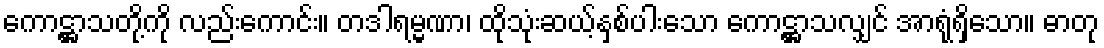
ကောဋ္ဌာသတို့ကို လည်းကောင်း။ တဒါရမ္မဏာ၊ ထိုသုံးဆယ့်နှစ်ပါးသော ကောဋ္ဌာသလျှင် အာရုံရှိသော။ ဓာတု